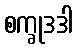
စက္ခုဒဒါ